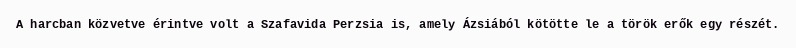
A harcban közvetve érintve volt a Szafavida Perzsia is, amely Ázsiából kötötte le a török erők egy részét.